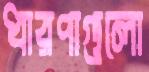
ধারণাগুলো